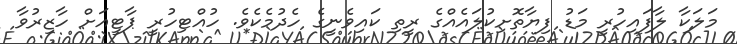
މަލަކާ ލާފައިހުރީ މަޑު ފިޔާތޮށިކުލައެއްގެ ރީތި ކައިވެނީގެ ހެދުމެކެވެ. ހުއްޓިހުރީ ޕާޓީއަށް ހާޒިރުވާ